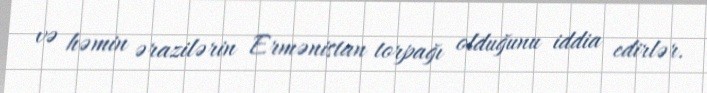
və həmin ərazilərin Ermənistan torpağı olduğunu iddia edirlər.